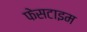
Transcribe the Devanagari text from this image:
फेसटाइम